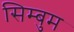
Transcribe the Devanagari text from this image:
सिम्बुम